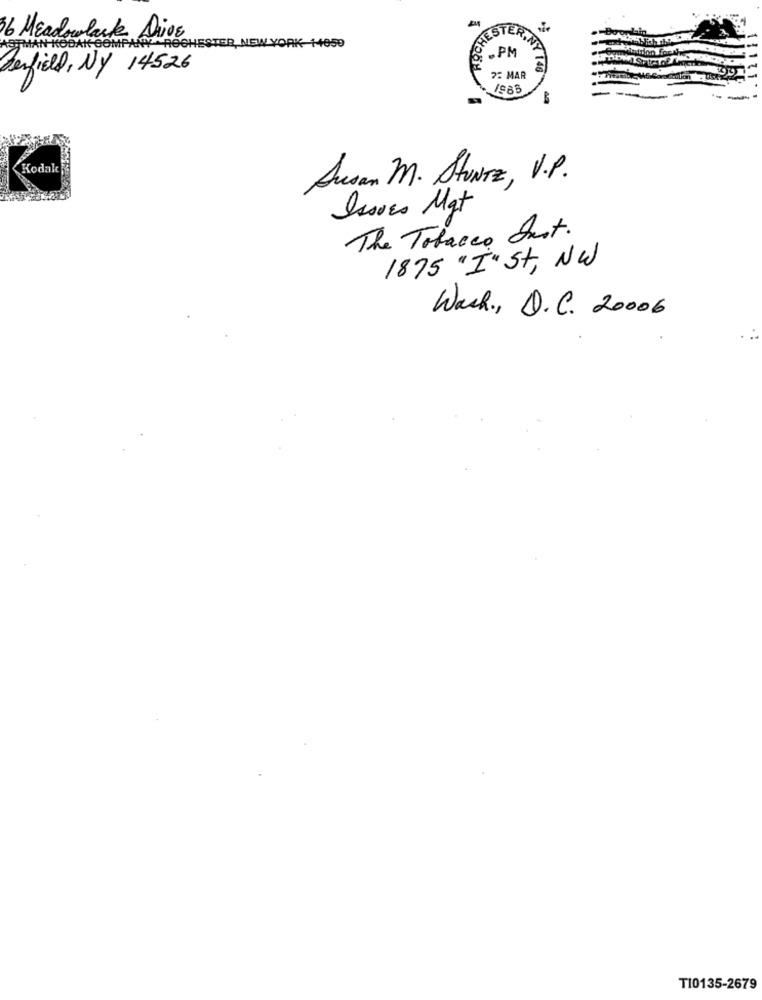
ROCHE
36 Meadowlark Drive
ESTER,
STMAN KODAK COMPANY |ROCHESTER, NEW YORK-14050
Benfield, NY 14526
Y 146
22 MAR
19BB
---
Kodak
Ausan M. Sturz, V.P.
Issues Mgt
The Tobacco Just.
1875 "In St, NW
Wash ., D.C. 20006
T10135-2679